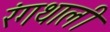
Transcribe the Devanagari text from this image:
रंगथाली